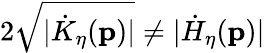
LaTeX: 2\sqrt{\vert\dot{K}_{\eta}(\mathbf{p})\vert}\neq\vert\dot{H}_{\eta}(\mathbf{p})\vert